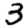
Digit: 3